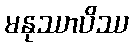
မနုဿာပိဿ